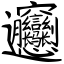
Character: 㣐